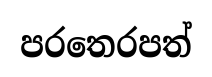
පරතෙරපත්